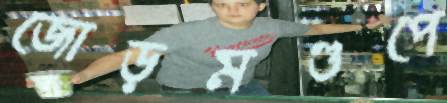
জোড়মণ্ডপে